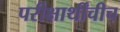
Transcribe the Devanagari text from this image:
परीक्षार्थींचीच